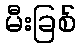
မီးခြစ်